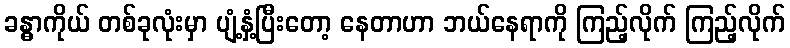
ခန္ဓာကိုယ် တစ်ခုလုံးမှာ ပျံ့နှံ့ပြီးတော့ နေတာဟာ ဘယ်နေရာကို ကြည့်လိုက် ကြည့်လိုက်